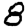
Digit: 8